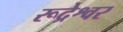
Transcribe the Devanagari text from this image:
रूद्रेश्वर